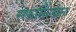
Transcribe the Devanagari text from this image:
सेफ़ामैन्डोल